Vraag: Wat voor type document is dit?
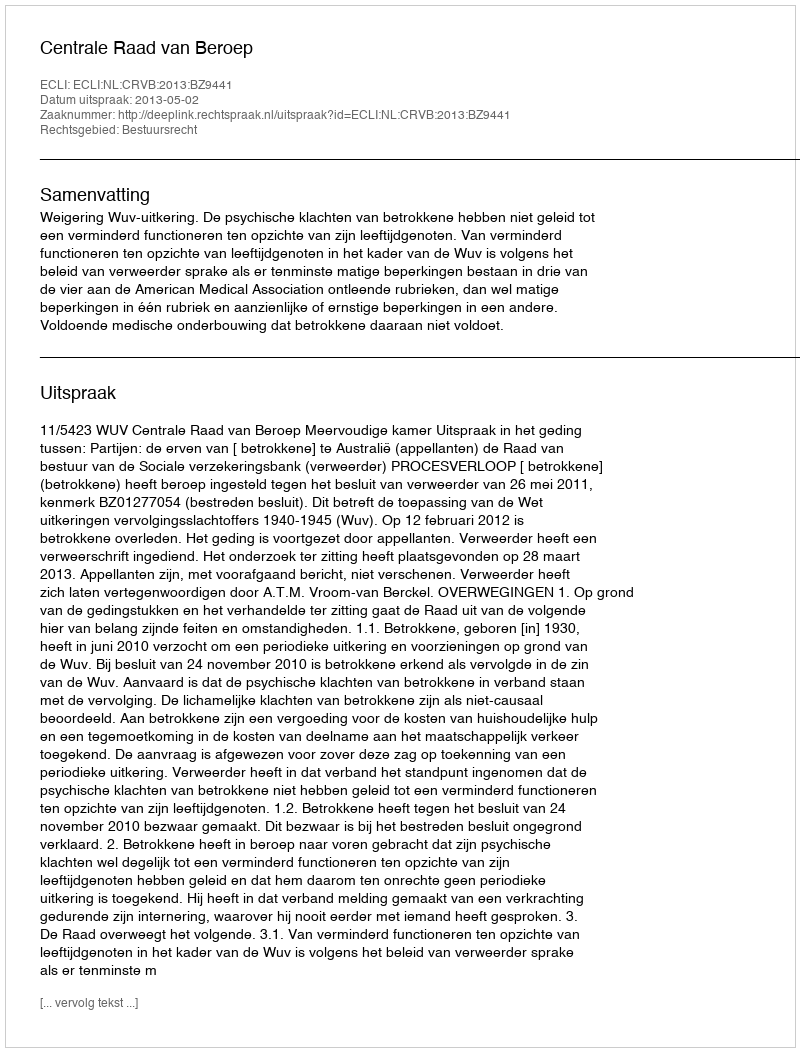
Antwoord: Uitspraak